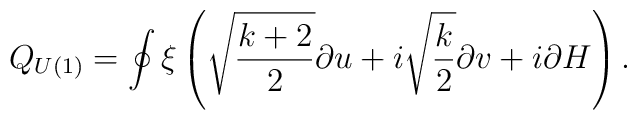
Q_{U(1)}=\oint\xi\left(\sqrt{\frac{k+2}{2}}\partial u +i\sqrt{\frac{k}{2}}\partial v + i\partial H\right).